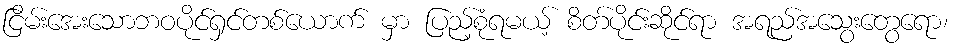
ငြိမ်းအေးသောဘဝပိုင်ရှင်တစ်ယောက် မှာ ပြည့်စုံရမယ့် စိတ်ပိုင်းဆိုင်ရာ အရည်အသွေးတွေရော၊